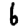
Digit: 6